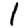
Digit: 1